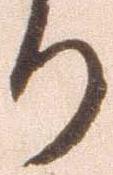
り